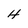
Character: H